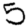
Digit: 5